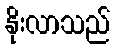
နိုးလာသည်